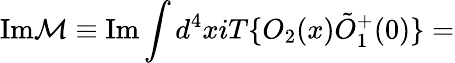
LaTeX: \mathrm{Im}{\cal M}\equiv\mathrm{Im}\int d^{4}xiT\{ O_{2}(x)\tilde{O}_{1}^{+}(0)\} =